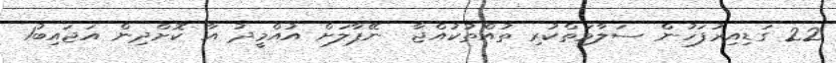
22 ގަޑިއިރުފަހުން ސަލާމަތްކުރި ތުއްތުކުއްޖާ  ނޭޕާލަށް އުއްމީދު އާ ކޮށްދިން އަޖައިބު1